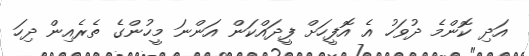
އަދި ކޮންމެ ދުވަހު އެ އޮފީހަށް ފީދައްކަން އަންނަ މީހުންގެ ތެރެއިން ދިހަ